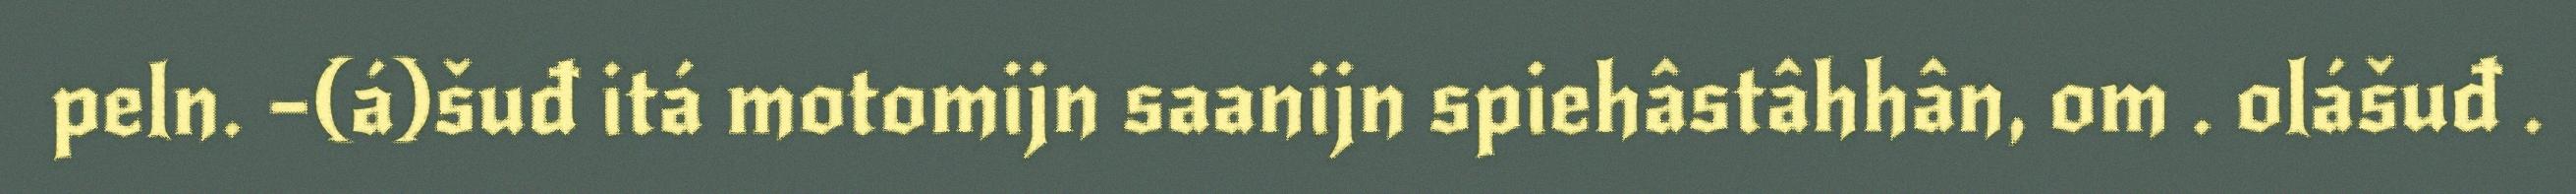
peln. –(á)šuđ itá motomijn saanijn spiehâstâhhân, om . olášuđ .